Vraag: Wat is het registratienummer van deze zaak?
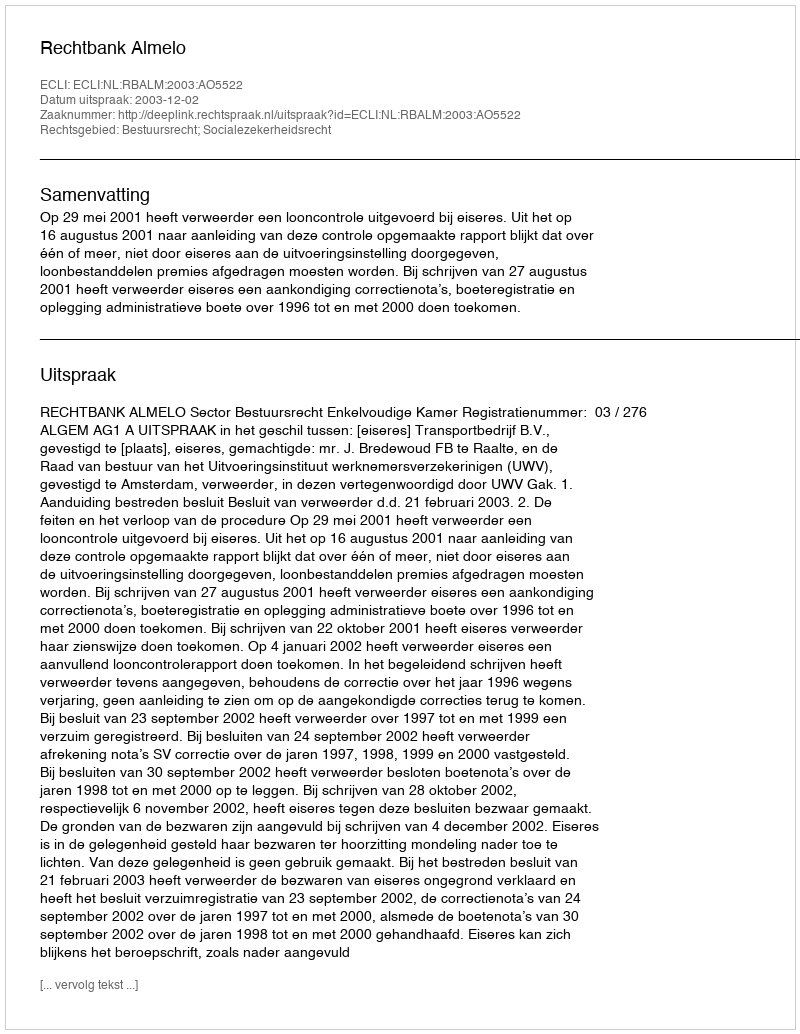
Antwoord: http://deeplink.rechtspraak.nl/uitspraak?id=ECLI:NL:RBALM:2003:AO5522